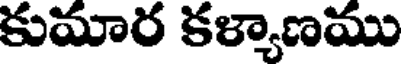
కుమార కళ్యాణము